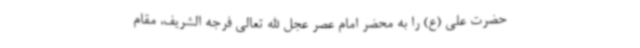
حضرت علی (ع) را به محضر امام عصر عجل الله تعالی فرجه الشریف، مقام